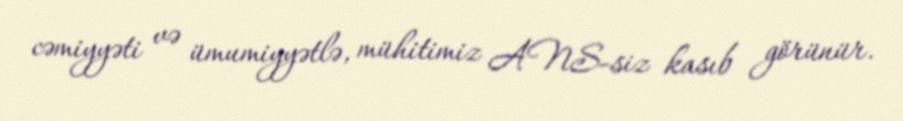
cəmiyyəti və ümumiyyətlə, mühitimiz ANS-siz kasıb görünür.